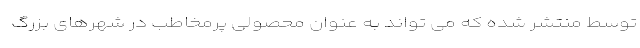
توسط منتشر شده که می تواند به عنوان محصولی پرمخاطب در شهرهای بزرگ